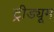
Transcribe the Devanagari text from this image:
ट्रीड्यूम